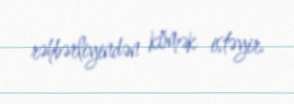
rəhbərliyindən kömək istəyir.